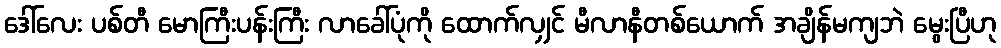
ဒေါ်လေး ပစ်တီ မောကြီးပန်းကြီး လာခေါ်ပုံကို ထောက်လျှင် မီလာနီတစ်ယောက် အချိန်မကျဘဲ မွေးပြီဟု